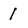
Character: 1